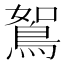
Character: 鴽